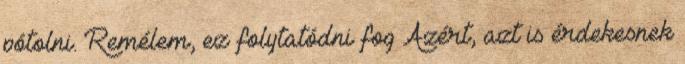
pótolni. Remélem, ez folytatódni fog Azért, azt is érdekesnek